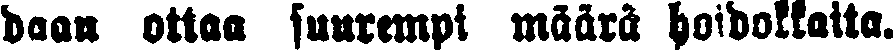
daan ottaa suurempi määrä hoidokkaita.